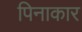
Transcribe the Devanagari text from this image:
पिनाकार